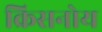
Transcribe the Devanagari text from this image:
क्रिसनोय